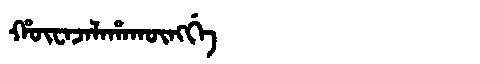
Manchu: ᡥᡡᠸᠠᠵᠠᠯᠠᡥᠠᡴᡡᠩᡤᡝ
Romanization: HŪWAJALAHAKŪNGGE